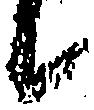
候